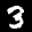
Label: 3